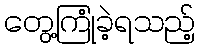
တွေ့ကြုံခဲ့ရသည့်